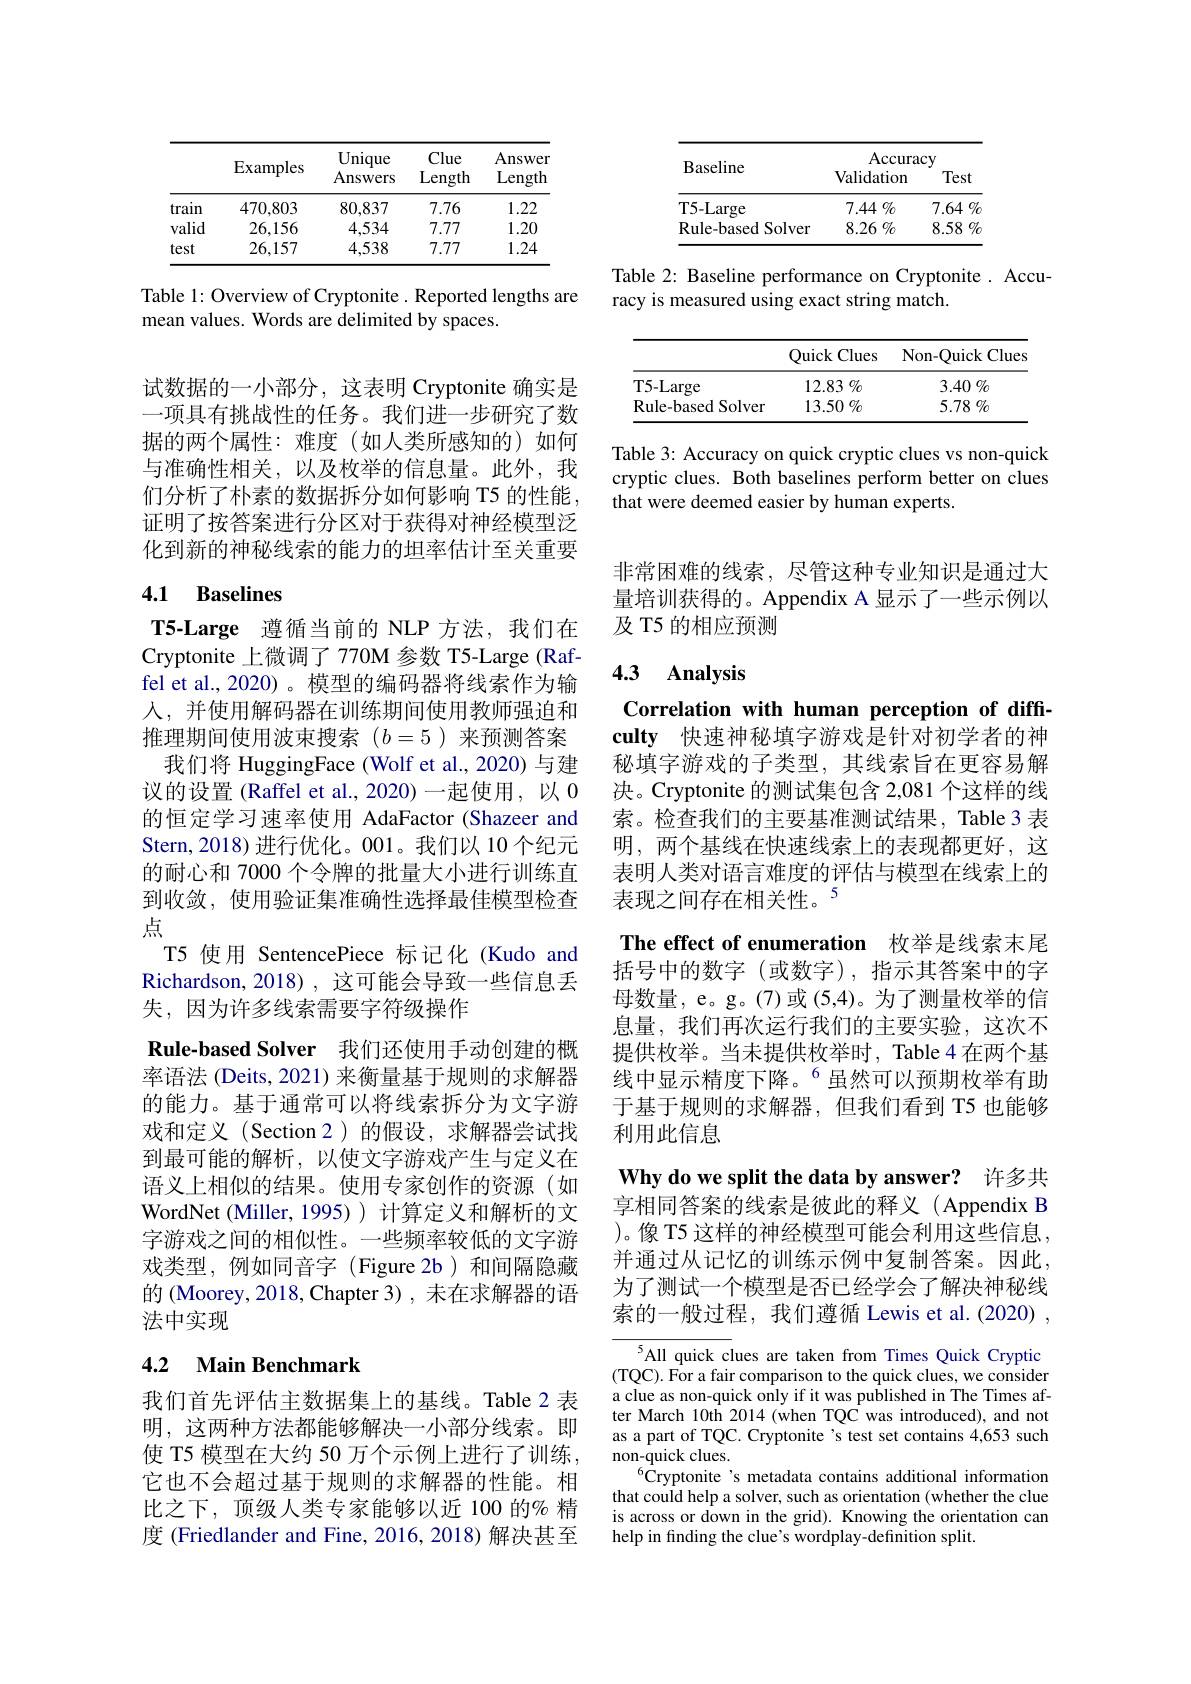
<table>
	<tbody>
		<tr>
			<th rowspan="2">Baseline</th>
			<th>Accura Validation</th>
			<th>$cy$ Test</th>
		</tr>
		<tr>
			<th colspan="2">Accuracy</th>
		</tr>
		<tr>
			<td>T5- Large</td>
			<td>$7.44\%$</td>
			<td>7.64 $\%$</td>
		</tr>
		<tr>
			<td>Rule-based Solver</td>
			<td>$8.26\%$</td>
			<td>8.58 $\%$</td>
		</tr>
	</tbody>
</table>

Table 2: Baseline performance on Cryptonite. Accu-
racy is measured using exact string match.

<table>
	<tbody>
		<tr>
			<th> </th>
			<th>Quick Clues</th>
			<th>Non-Quick Clues</th>
		</tr>
		<tr>
			<td>T5-Large</td>
			<td>12.83 $\%$</td>
			<td>3.40 $\%$</td>
		</tr>
		<tr>
			<td>Rule- based Solver</td>
			<td>13.50 $\%$</td>
			<td>5.78 $\%$</td>
		</tr>
	</tbody>
</table>

Table 3: Accuracy on quick cryptic clues vs non-quick cryptic clues. Both baselines perform better on clues that were deemed easier by human experts.

<table>
	<tbody>
		<tr>
			<th> </th>
			<th>$\operatorname{Examples}$</th>
			<th>Unique Answers</th>
			<th>Clue Length</th>
			<th>Answer Length</th>
		</tr>
		<tr>
			<td>train</td>
			<td>470,803</td>
			<td>80,837</td>
			<td>7.76</td>
			<td>1.22</td>
		</tr>
		<tr>
			<td>valid</td>
			<td>26,156</td>
			<td>4,534</td>
			<td>7.77</td>
			<td>1.20</td>
		</tr>
		<tr>
			<td>test</td>
			<td>26,157</td>
			<td>4,538</td>
			<td>7.77</td>
			<td>1.24</td>
		</tr>
	</tbody>
</table>

Table 1: Overview of Cryptonite. Reported lengths are
mean values. Words are delimited by spaces.

试数据的一小部分，这表明 Cryptonite 确实是一项具有挑战性的任务。我们进一步研究了数据的两个属性：难度(如人类所感知的)如何与准确性相关，以及枚举的信息量。此外，我们分析了朴素的数据拆分如何影响 T5 的性能， 证明了按答案进行分区对于获得对神经模型泛化到新的神秘线索的能力的坦率估计至关重要

## 4.1 Baselines

T5-Large 遵循当前的 NLP 方法，我们在Cryptonite 上微调了 770M 参数 T5-Large (Raffel et al., 2020)。模型的编码器将线索作为输人，并使用解码器在训练期间使用教师强迫和推理期间使用波束搜索$(b=5)$来预测答案
我们将 HuggingFace (Wolf et al., 2020) 与建议的设置(Raffel et al., 2020)一起使用，以0的恒定学习速率使用 AdaFactor (Shazeer and Stern,2018)进行优化。001。我们以 10 个纪元的耐心和 7000 个令牌的批量大小进行训练直到收敛，使用验证集准确性选择最佳模型检查点
T5 使用 SentencePiece 标记化(Kudo and Richardson, 2018), 这可能会导致一些信息丢失，因为许多线索需要字符级操作
Rule-based Solver 我们还使用手动创建的概率语法 (Deits, 2021) 来衡量基于规则的求解器的能力。基于通常可以将线索拆分为文字游戏和定义(Section 2)的假设，求解器尝试找到最可能的解析，以使文字游戏产生与定义在语义上相似的结果。使用专家创作的资源(如WordNet(Miller,1995)) 计算定义和解析的文字游戏之间的相似性。一些频率较低的文字游戏类型，例如同音字(Figure 2b)和间隔隐藏的 (Moorey, 2018, Chapter 3) , 未在求解器的语法中实现

## 4.2 $\textbf{Main Benchmark}$

我们首先评估主数据集上的基线。Table 2 表明，这两种方法都能够解决一小部分线索。即使 T5 模型在大约 50 万个示例上进行了训练， 它也不会超过基于规则的求解器的性能。相比之下，顶级人类专家能够以近 100 的% 精度 (Friedlander and Fine, 2016, 2018) 解决甚至

非常困难的线索，尽管这种专业知识是通过大量培训获得的。Appendix A 显示了一些示例以及 T5 的相应预测

### 4.3 Analysis

Correlation with human perception of diffculty 快速神秘填字游戏是针对初学者的神秘填字游戏的子类型，其线索旨在更容易解决。Cryptonite 的测试集包含 2,081 个这样的线索。检查我们的主要基准测试结果，Table 3 表明，两个基线在快速线索上的表现都更好，这表明人类对语言难度的评估与模型在线索上的表现之间存在相关性。5
The effect of enumeration 枚举是线索末尾括号中的数字(或数字),指示其答案中的字母数量，e。g。(7)或(5,4)。为了测量枚举的信息量，我们再次运行我们的主要实验，这次不提供枚举。当未提供枚举时，Table 4 在两个基线中显示精度下降。$^{6}$虽然可以预期枚举有助于基于规则的求解器，但我们看到 T5 也能够利用此信息
Why do we split the data by answer? 许多共享相同答案的线索是彼此的释义(Appendix B )。像 T5 这样的神经模型可能会利用这些信息， 并通过从记忆的训练示例中复制答案。因此， 为了测试一个模型是否已经学会了解决神秘线索的一般过程，我们遵循 Lewis et al.(2020) ,
$^{5}$All quick clues are taken from Times Quick Cryptic (TQC). For a fair comparison to the quick clues, we consider

a clue as non-quick only if it was published in The Times after March 10th 2014 (when TQC was introduced), and not as a part of TQC. Cryptonite's test set contains 4,653 such non-quick clues.
$^{6}$Cryptonite's metadata contains additional information that could help a solver, such as orientation (whether the clue is across or down in the grid). Knowing the orientation can help in finding the clue's wordplay-definition split.